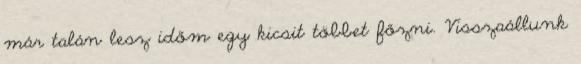
már talán lesz időm egy kicsit többet főzni. Visszaállunk